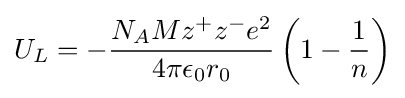
U_{L}=-{\frac {N_{A}Mz^{+}z^{-}e^{2}}{4\pi \epsilon _{0}r_{0}}}\left(1-{\frac {1}{n}}\right)